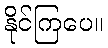
နိုင်ကြပေ။